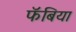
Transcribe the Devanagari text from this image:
फॅबिया